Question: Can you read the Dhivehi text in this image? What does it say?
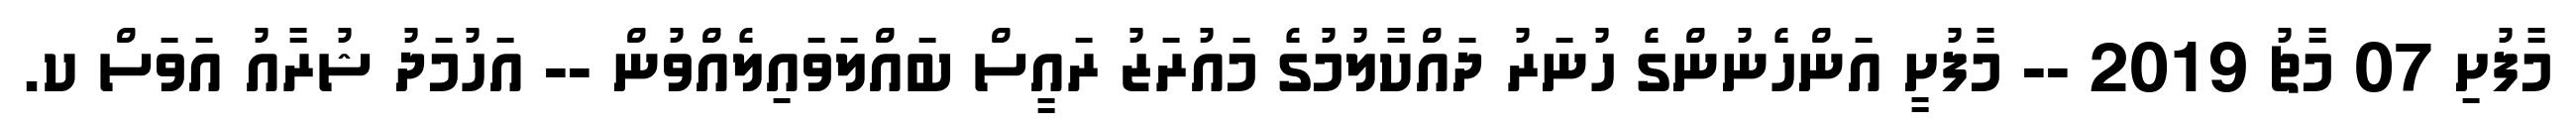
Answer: މާފުށި 07 މާޗު 2019 -- މާފުށީ އަންހެނުންގެ ހުނަރު ދައްކާލުމުގެ މައުރަޒު ރައީސް ބައްލަވައިލެއްވުން -- އަހުމަދު ޝުރާއު އަވަސް ކ.